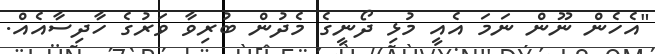
"އެހެން ނޫން ނަމަ އެއީ މުޅި ދޯނީގެ މެދުން ބުރިވާ ވަރުގެ ހާދިސާއެއް.